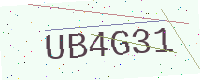
Text: UB4G31